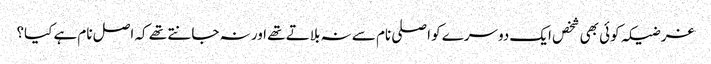
غرضیکہ کوئی بھی شخص ایک دوسرے کو اصلی نام سے نہ بلاتے تھے اور نہ جانتے تھے کہ اصل نام ہے کیا؟